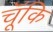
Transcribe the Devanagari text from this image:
चॅूकि